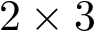
2 \times 3